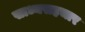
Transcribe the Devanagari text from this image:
साध्यसहचार